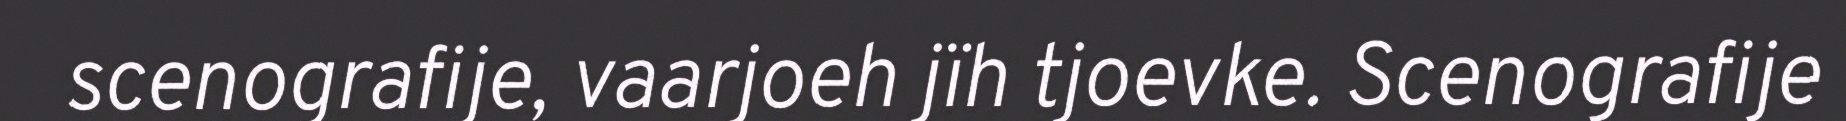
scenografije, vaarjoeh jïh tjoevke. Scenografije